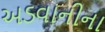
અડવાનીના